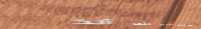
حلويات الشرق تقدم لك ألذ